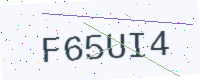
Text: F65UI4